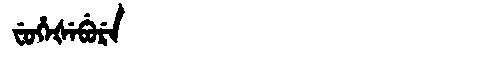
Manchu: ᠸᡠᡥᡝᡧᡝᠪᡠᡵᡝ
Romanization: FUHEŠEBURE